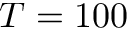
T = 1 0 0